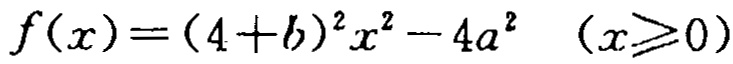
\(f(x)=(4 + b)^{2}x^{2}-4a^{2}\quad(x\geq0)\)